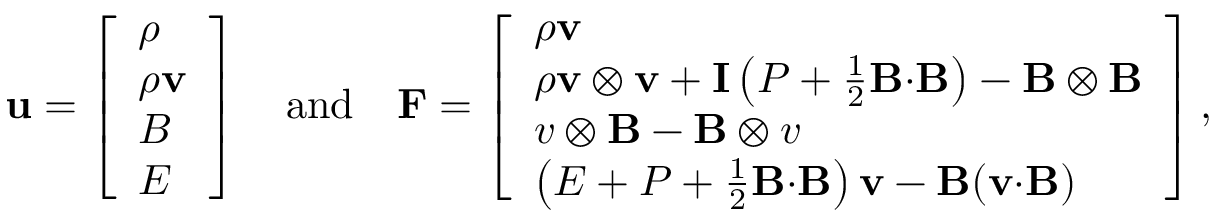
\mathbf { u } = \left[ \begin{array} { l } { \rho } \\ { \boldsymbol { \rho } \mathbf { v } } \\ { \boldsymbol { B } } \\ { E } \end{array} \right] \quad \mathrm { a n d } \quad \mathbf { F } = \left[ \begin{array} { l } { \boldsymbol { \rho } \mathbf { v } } \\ { \boldsymbol { \rho } \mathbf { v } \otimes \mathbf { v } + \mathbf { I } \left( P + \frac { 1 } { 2 } \mathbf { B } { \cdot } \mathbf { B } \right) - \mathbf { B } \otimes \mathbf { B } } \\ { \boldsymbol { v } \otimes \mathbf { B } - \mathbf { B } \otimes \boldsymbol { v } } \\ { \left( E + P + \frac { 1 } { 2 } \mathbf { B } { \cdot } \mathbf { B } \right) \mathbf { v } - \mathbf { B } ( \mathbf { v } { \cdot } \mathbf { B } ) } \end{array} \right] ,